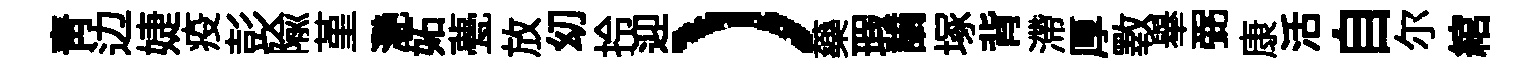
青边婕疫彭隃堇灧妬甍放㓜拎迎）藥瑕謫塚背滯厚斁𦦙弼康活自尓綰